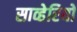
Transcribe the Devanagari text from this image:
साव्हेरियो